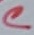
Text: C